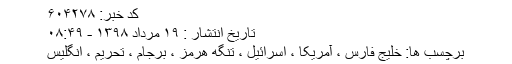
کد خبر: ۶۰۴۲۷۸
تاریخ انتشار : ۱۹ مرداد ۱۳۹۸ - ۰۸:۴۹
برچسب ها: خلیج فارس ، آمریکا ، اسرائیل ، تنگه هرمز ، برجام ، تحریم ، انگلیس